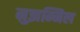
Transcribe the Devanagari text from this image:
मुझम्मिल